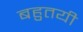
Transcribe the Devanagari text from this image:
बहुतयी